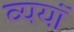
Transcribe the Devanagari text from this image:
व्ययॉ